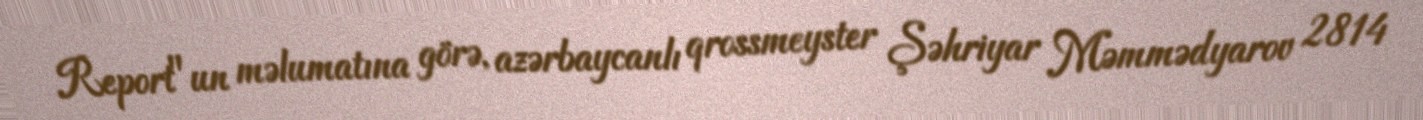
Report"un məlumatına görə, azərbaycanlı qrossmeyster Şəhriyar Məmmədyarov 2814